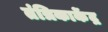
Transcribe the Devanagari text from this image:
तंत्रिकाकेंद्र